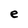
Character: e